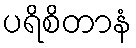
ပရိစိတာနံ